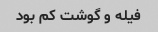
فیله و گوشت کم بود